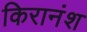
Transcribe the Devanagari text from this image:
किरानंश